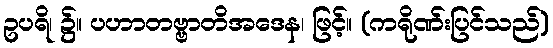
ဥပရိ၊ ၌။ ပဟာတဗ္ဗာတိအဒေန၊ ဖြင့်။ (ကရိုဏ်းပြင်သည်)